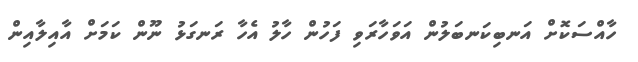
ހާއްސަކޮށް އަނބިކަނބަލުން އަވަހާރަވި ފަހުން ހާލު އެހާ ރަނގަޅު ނޫން ކަމަށް އާއިލާއިން